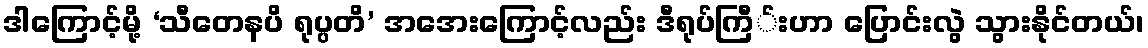
ဒါကြောင့်မို့ ‘သီတေနပိ ရုပ္ပတိ’ အအေးကြောင့်လည်း ဒီရုပ်ကြီ်းဟာ ပြောင်းလွဲ သွားနိုင်တယ်၊